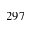
2 9 7